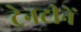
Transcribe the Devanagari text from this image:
ट्रेनटीनें